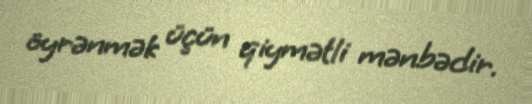
öyrənmək üçün qiymətli mənbədir.